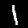
Digit: 1